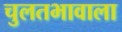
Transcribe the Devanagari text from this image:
चुलतभावाला